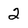
Character: 2